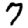
Digit: 7